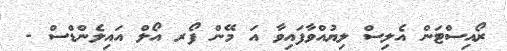
ރޯއިސްޓަން އެލިސް ލިޔުއްވާފައިވާ އަ މޭން ފޯރ އޯލް އައިލެންޑްސް -